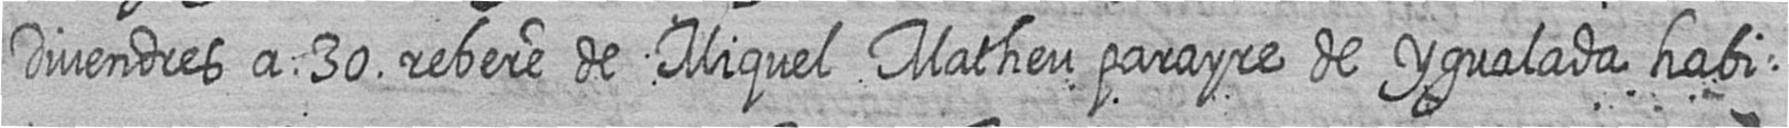
Divendres a 30 rebere de Miquel Matheu parayre de Ygualada habi=